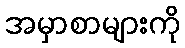
အမှာစာများကို